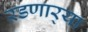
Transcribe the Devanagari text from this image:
रडणार्‍या